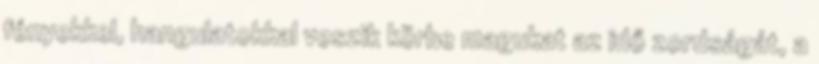
fényekkel, hangulatokkal veszik körbe magukat az idő zordságát, a